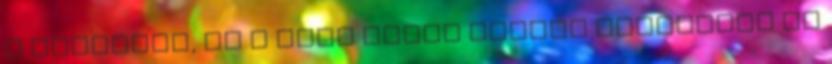
a Siófokot, de a fiúk utána nagyot küzdöttek és